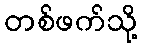
တစ်ဖက်သို့